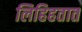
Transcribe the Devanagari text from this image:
लिहिहतात